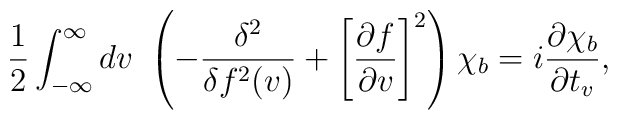
\frac{1}{2}\int_{-\infty}^{\infty}dv\    \left(-\frac{\delta^2}{\delta f^2(v)}+ \left[\frac{\partial f}{\partial    v}\right]^2\right)\chi_b= i  \frac{\partial\chi_b}{\partial t_v},